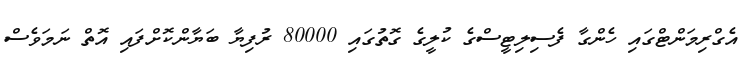
އެގްރިމަންޓްގައި ހެންގާ ފެސިލިޓީސްގެ ކުލީގެ ގޮތުގައި 80000 ރުފިޔާ ބަޔާންކޮށްފައި އޮތް ނަމަވެސް